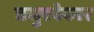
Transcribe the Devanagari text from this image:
तजुरबेकार